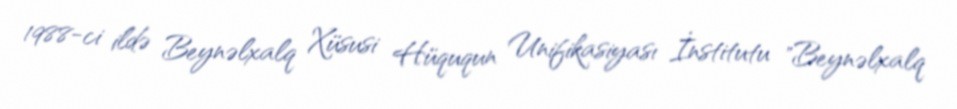
1988-ci ildə Beynəlxalq Xüsusi Hüququn Unifikasiyası İnstitutu "Beynəlxalq